Report on the Civil Veterinary Department, Eastern Bengal and Assam - 1907-1911
Year: 1907
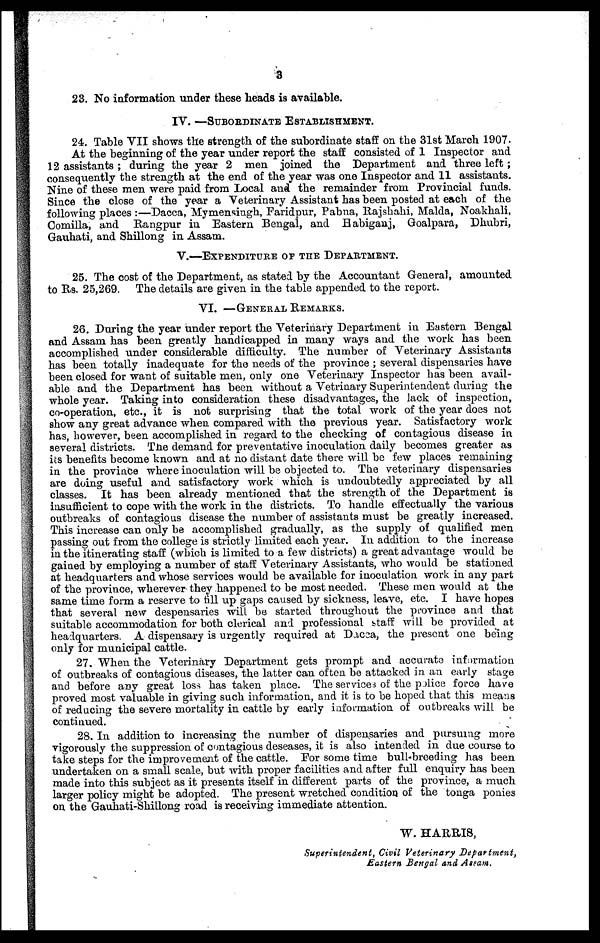
3
23. No information under these heads is available.
IV. —SUBORDINATE ESTABLISHMENT.
24. Table VII shows the strength of the subordinate staff on the 31st March 1907.
At the beginning of the year under report the staff consisted of 1 Inspector and
12 assistants ; during the year 2 men joined the Department and three left ;
consequently the strength at the end of the year was one Inspector and 11 assistants.
Nine of these men were paid from Local and the remainder from Provincial funds.
Since the close of the year a Veterinary Assistant has been posted at each of the
following places :—Dacca, Mymensingh, Faridpur, Pabna, Rajshahi, Malda, Noakhali,
Comilla, and Rangpur in Eastern Bengal, and Habiganj, Goalpara, Dhubri,
Gauhati, and Shillong in Assam.
V.—EXPENDITURE OF THE DEPARTMENT.
25. The cost of the Department, as stated by the Accountant General, amounted
to Rs. 25,269. The details are given in the table appended to the report.
VI. —GENERAL REMARKS.
26. During the year under report the Veterinary Department in Eastern Bengal
and Assam has been greatly handicapped in many ways and the work has been
accomplished under considerable difficulty. The number of Veterinary Assistants
has been totally inadequate for the needs of the province ; several dispensaries have
been closed for want of suitable men, only one Veterinary Inspector has been avail-
able and the Department has been without a Vetrinary Superintendent during the
whole year. Taking into consideration these disadvantages, the lack of inspection,
co-operation, etc., it is not surprising that the total work of the year does not
show any great advance when compared with the previous year. Satisfactory work
has, however, been accomplished in regard to the checking of contagious disease in
several districts. The demand for preventative inoculation daily becomes greater as
its benefits become known and at no distant date there will be few places remaining
in the province where inoculation will be objected to. The veterinary dispensaries
are doing useful and satisfactory work which is undoubtedly appreciated by all
classes. It has been already mentioned that the strength of the Department is
insufficient to cope with the work in the districts. To handle effectually the various
outbreaks of contagious disease the number of assistants must be greatly increased.
This increase can only be accomplished gradually, as the supply of qualified men
passing out from the college is strictly limited each year. In addition to the increase
in the itinerating staff (which is limited to a few districts) a great advantage would be
gained by employing a number of staff Veterinary Assistants, who would be stationed
at headquarters and whose services would be available for inoculation work in any part
of the province, wherever they happened to be most needed. These men would at the
same time form a reserve to fill up gaps caused by sickness, leave, etc. I have hopes
that several new despensaries WilL be started throughout the province and that
suitable accommodation for both clerical and professional staff will be provided at
headquarters. A dispensary is urgently required at Dacca, the present one being
only for municipal cattle.
27. When the Veterinary Department gets prompt and accurate information
of outbreaks of contagious diseases, the latter can often be attacked in an early stage
and before any great loss has taken place. The services of the police force have
proved most valuable in giving such information, and it is to be hoped that this means
of reducing the severe mortality in cattle by early information of outbreaks will be
continued.
28. In addition to increasing the number of dispensaries and pursuing more
vigorously the suppression of contagious deseases, it is also intended in due course to
take steps for the improvement of the cattle. For some time bull-breeding has been
undertaken on a small scale, but with proper facilities and after full enquiry has been
made into this subject as it presents itself in different parts of the province, a much
larger policy might be adopted. The present wretched condition of the tonga ponies
on the Gauhati-Shiilong road is receiving immediate attention.
W. HARRIS,
Superintendent, Civil Veterinary
Department,
Eastern Bengal and Assam.